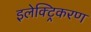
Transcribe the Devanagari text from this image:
इलेक्ट्रिकरण